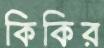
কিকির